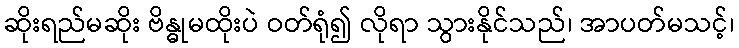
ဆိုးရည်မဆိုး ဗိန္ဓုမထိုးပဲ ဝတ်ရုံ၍ လိုရာ သွားနိုင်သည်၊ အာပတ်မသင့်၊